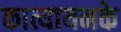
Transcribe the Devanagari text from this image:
कात्यायनके